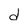
Character: d